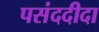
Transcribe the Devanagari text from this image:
पसंददीदा